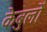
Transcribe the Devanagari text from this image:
केबुलों